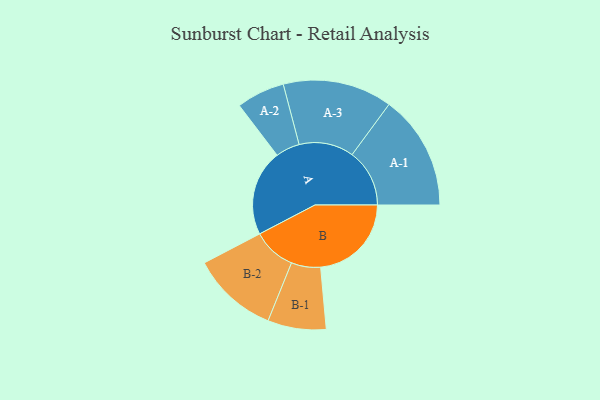
{"axis": {"x": "Segment", "y": "Value"}, "legend": ["", "A", "B"], "data": [{"x": "A", "y": 374, "type": ""}, {"x": "B", "y": 395, "type": ""}, {"x": "A-1", "y": 250, "type": "A"}, {"x": "A-2", "y": 105, "type": "A"}, {"x": "A-3", "y": 238, "type": "A"}, {"x": "B-1", "y": 127, "type": "B"}, {"x": "B-2", "y": 188, "type": "B"}]}